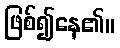
ဖြစ်၍နေ၏။